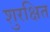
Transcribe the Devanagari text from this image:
शुरक्षित